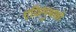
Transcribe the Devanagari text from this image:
एज़िमुथको